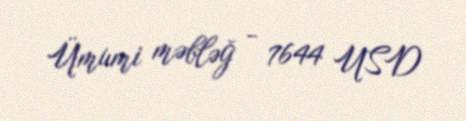
Ümumi məbləğ - 7644 USD